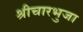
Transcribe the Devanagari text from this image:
श्रीचारभुजा